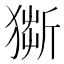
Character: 𤠥